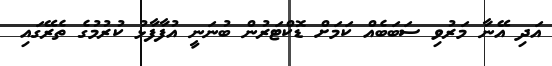
އަދި އޭނާ މަރުވި ސަބަބެއް ކަމަށް ޑޮކްޓަރުން ބުނަނީ އުފާފާޅު ކުރުމުގެ ތެރޭގައި